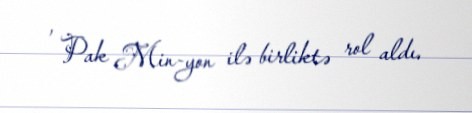
, Pak Min-yon ilə birliktə rol aldı.